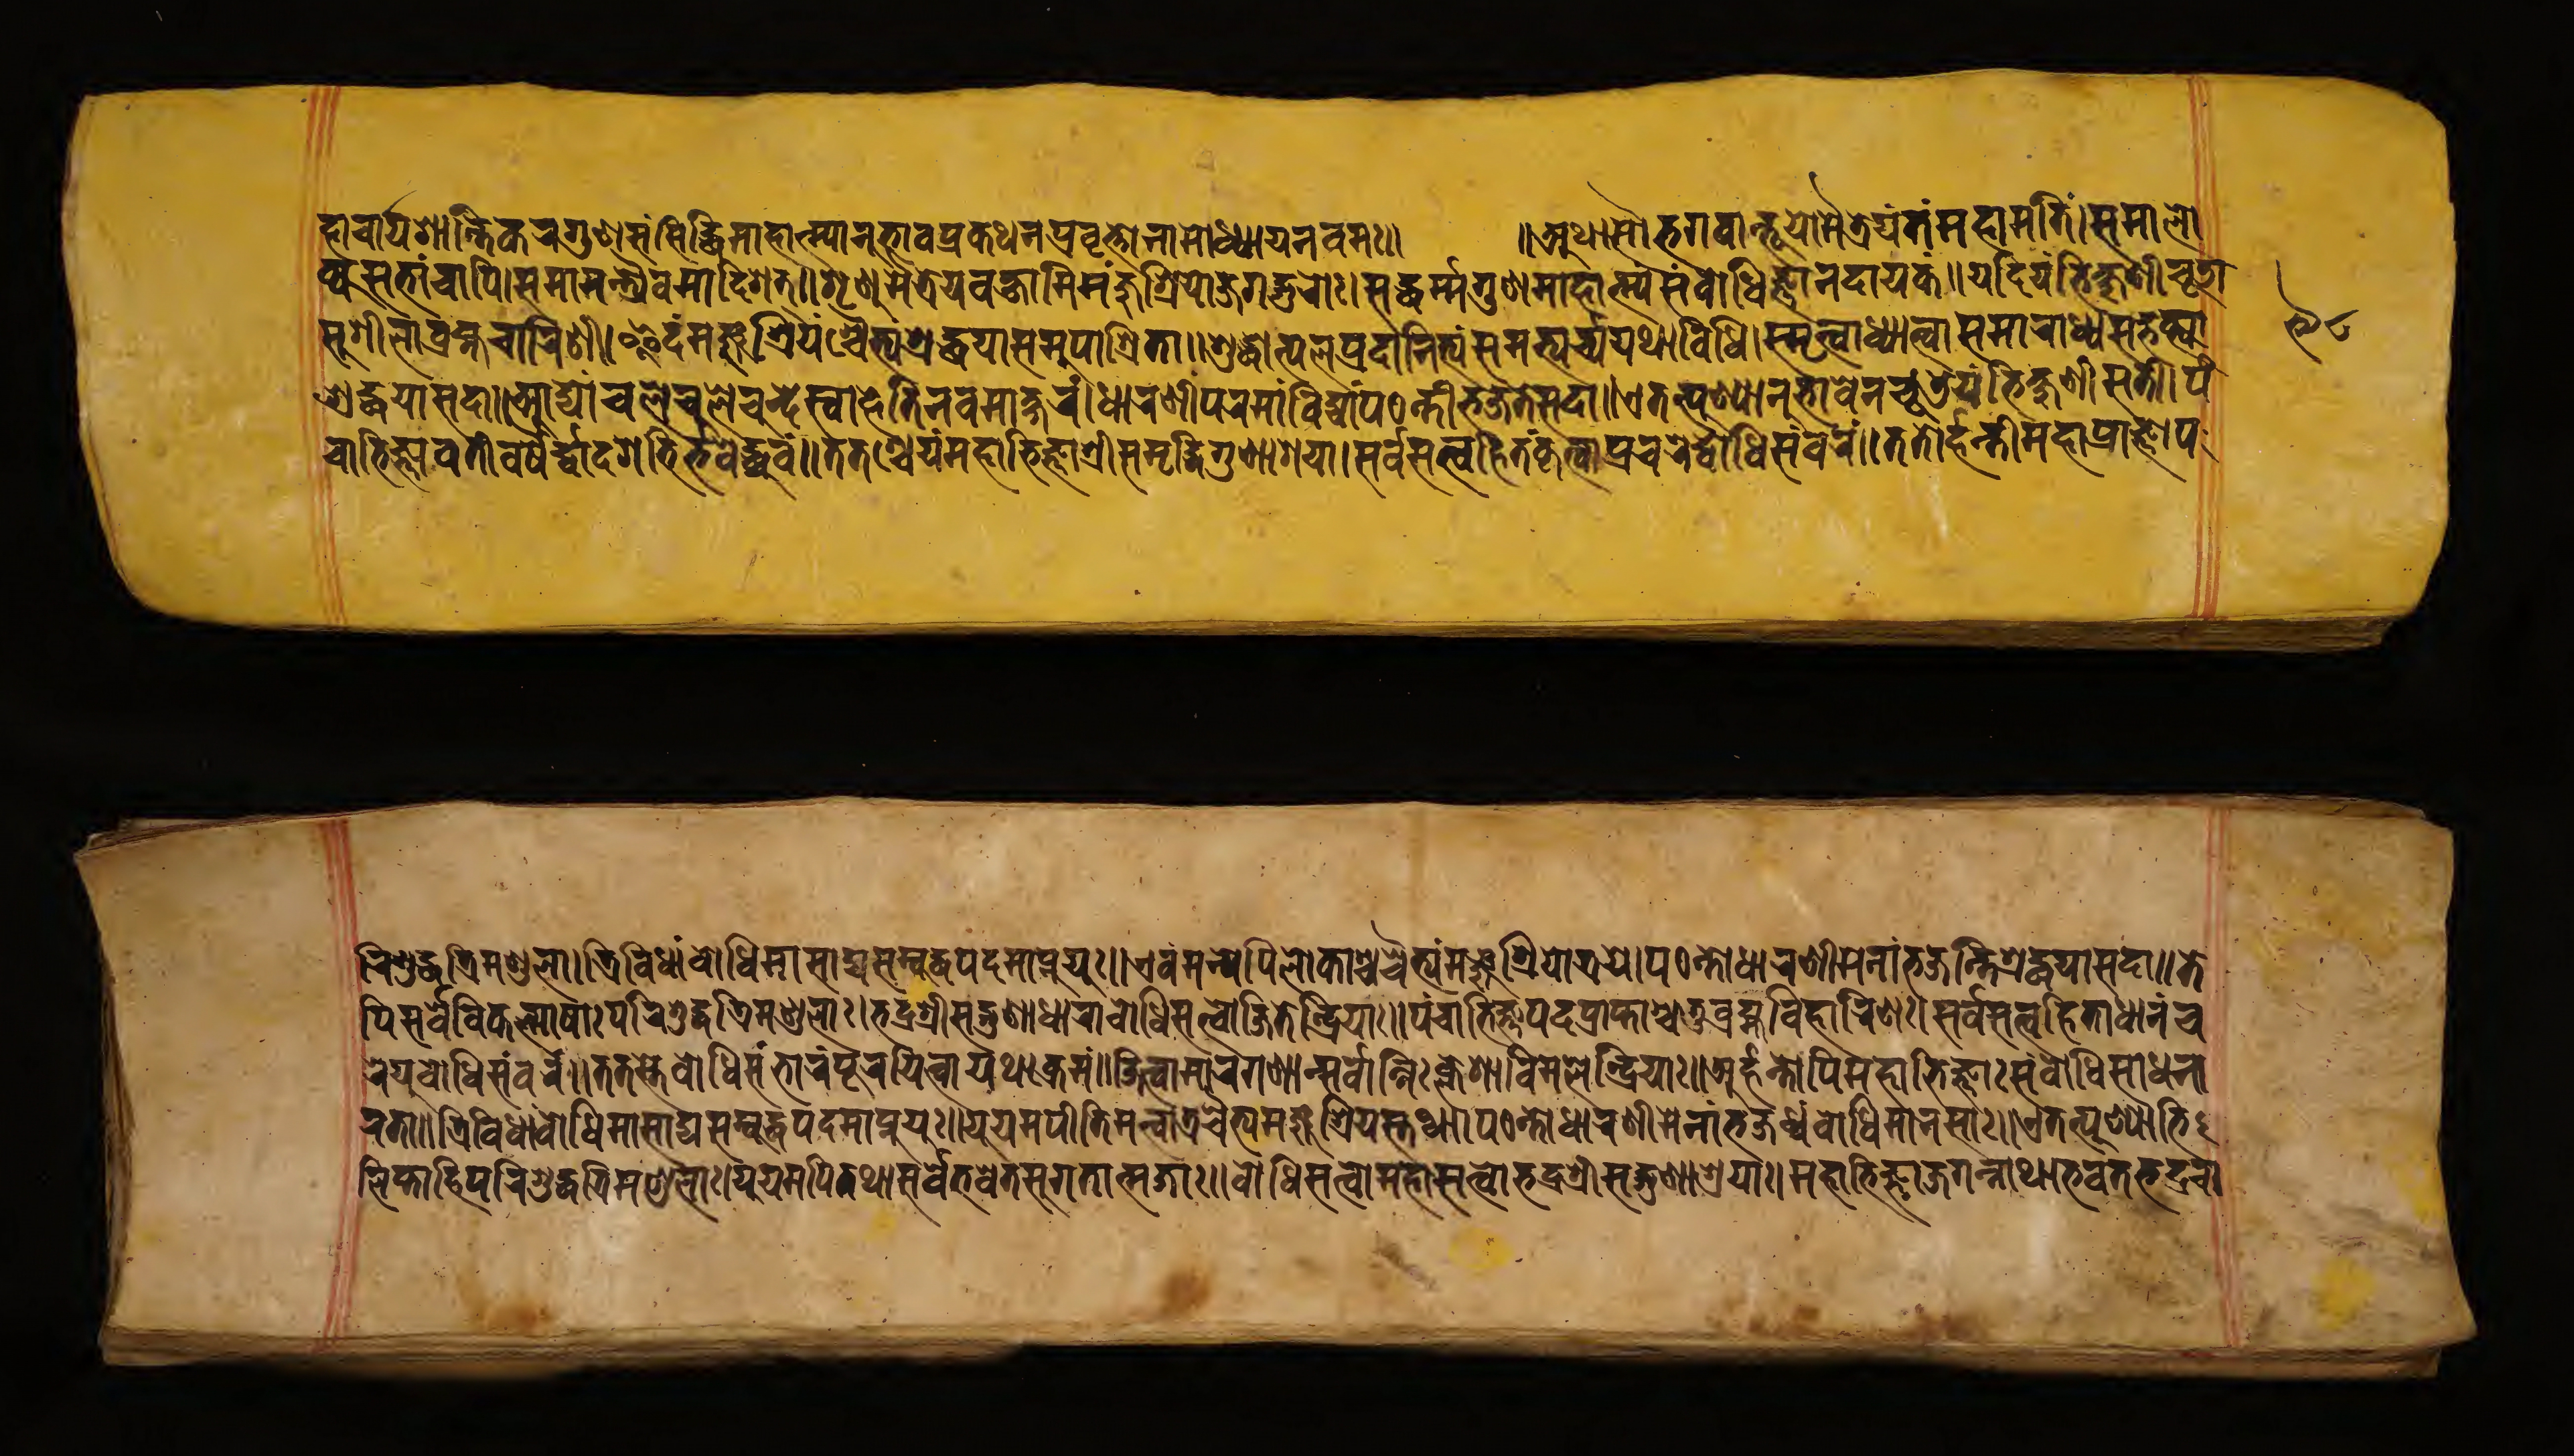
𑐎𑑂𑐫𑐳𑐨𑐵𑑄𑐔𑐵𑐥𑐶𑐳𑐩𑐵𑐩𑐣𑑂𑐟𑑂𑐬𑑂𑐫𑐿𑐰𑐩𑐵𑐡𑐶𑐱𑐟𑑂𑑌𑐱𑐺𑐞𑐸𑐩𑐿𑐟𑑂𑐬𑐾𑐫𑐰𑐎𑑂𑐲𑑂𑐫𑐵𑐩𑐶𑐩𑐘𑑂𑐖𑐸𑐱𑑂𑐬𑐶𑐫𑑀𑐖𑐐𑐡𑑂𑐐𑐸𑐬𑑀𑑅𑑋𑐳𑐡𑑂𑐢𑐬𑑂𑐩𑐐𑐸𑐞𑐩𑐵𑐴𑐵𑐟𑑂𑐩𑑂𑐫𑑄𑐳𑑄𑐧𑑀𑐢𑐶𑐖𑑂𑐘𑐵𑐣𑐡𑐵𑐫𑐎𑑄𑑌𑐫𑐡𑐶𑐫𑑄𑐨𑐶𑐎𑑂𑐲𑐸𑐞𑐷𑐔𑐹𑐜𑐵 𑐴𑐵𑐔𑐵𑐬𑑂𑐫𑐱𑐵𑐣𑑂𑐟𑐶𑐎𑐬𑐐𑐸𑐞𑐳𑑄𑐳𑐶𑐡𑑂𑐢𑐶𑐩𑐵𑐴𑐵𑐟𑑂𑐩𑑂𑐫𑐵𑐣𑐸𑐨𑐵𑐰𑐥𑑂𑐬𑐎𑐠𑐣𑐥𑑂𑐬𑐰𑐺𑐟𑑂𑐟𑑀𑐣𑐵𑐩𑐵𑐢𑑂𑐫𑐵𑐫𑐣𑐰𑐩𑑅𑑌 𑑌𑐀𑐠𑐵𑐳𑑁𑐨𑐐𑐰𑐵𑐣𑑂𑐨𑐹𑐫𑑀𑐩𑐿𑐟𑑂𑐬𑐾𑐫𑑄𑐟𑑄𑐩𑐴𑐵𑐩𑐟𑐶𑑄𑑋𑐳𑐩𑐵𑐮𑑀 𑐳𑐸𑐱𑐷𑐮𑐵𑐧𑑂𑐬𑐴𑑂𑐩𑐔𑐵𑐬𑐶𑐞𑐷𑑋𑐂𑐡𑑄𑐩𑐘𑑂𑐖𑐸𑐱𑑂𑐬𑐶𑐫𑑄𑐱𑑂𑐔𑐿𑐟𑑂𑐫𑑄𑐱𑑂𑐬𑐡𑑂𑐢𑐫𑐵𑐳𑐩𑐸𑐥𑐵𑐱𑑂𑐬𑐶𑐟𑐵𑑌𑐱𑐸𑐡𑑂𑐢𑑀𑐟𑑂𑐥𑐮𑐳𑑂𑐬𑐖𑑀𑐣𑐶𑐟𑑂𑐫𑑄𑐳𑐩𑐨𑑂𑐫𑐬𑑂𑐔𑑂𑐫𑐫𑐠𑐵𑐰𑐶𑐢𑐶𑑋𑐳𑑂𑐩𑐺𑐟𑑂𑐰𑐵𑐢𑑂𑐫𑐵𑐟𑑂𑐰𑐵𑐳𑐩𑐵𑐬𑐵𑐢𑑂𑐫𑐳𑐨𑐎𑑂𑐟𑑂𑐫𑐵 𑐱𑑂𑐬𑐡𑑂𑐢𑐫𑐵𑐳𑐡𑐵𑑌𑐁𑐡𑑂𑐫𑐵𑑄𑐔𑐮𑐾𑐔𑐸𑐮𑐾𑐰𑐣𑑂𑐡𑐾𑐳𑑂𑐰𑐵𑐴𑐾𑐟𑐶𑐣𑐰𑐩𑐵𑐎𑑂𑐲𑐬𑑄𑑋𑐢𑐵𑐬𑐞𑐷𑐥𑐬𑐩𑐵𑐰𑐶𑐡𑑂𑐫𑐵𑑄𑐥𑐛𑐣𑑂𑐟𑐷𑐨𑐖𑐣𑐾𑐳𑐡𑐵𑑌𑐊𑐟𑐣𑑂𑐥𑐸𑐞𑑂𑐫𑐵𑐣𑐸𑐨𑐵𑐰𑐾𑐣𑐔𑐹𑐞𑑂𑐜𑐾𑐫𑑄𑐨𑐶𑐎𑑂𑐲𑐸𑐞𑐷𑐳𑐟𑐷𑑋𑐥𑑄 𑐔𑐵𑐨𑐶𑐖𑑂𑐘𑐵𑐰𑐟𑐷𑐰𑐬𑑂𑐲𑐿𑐬𑑂𑐡𑑂𑐰𑐵𑐡𑐱𑐨𑐶𑐬𑑂𑐨𑐰𑐾𑐡𑑂𑐢𑑂𑐬𑐸𑐰𑑄𑑌𑐟𑐟𑐱𑑂𑐔𑐾𑐫𑑄𑐩𑐴𑐵𑐨𑐶𑐖𑑂𑐘𑐵𑐱𑑂𑐬𑐷𑐳𑐩𑐺𑐡𑑂𑐢𑐶𑐐𑐸𑐞𑐵𑐱𑑂𑐬𑐫𑐵𑑋𑐳𑐬𑑂𑐰𑐳𑐟𑑂𑐟𑑂𑐰𑐴𑐶𑐟𑑄𑐎𑐺𑐟𑑂𑐰𑐵𑐥𑑂𑐬𑐔𑐬𑐾𑐡𑑂𑐧𑑀𑐢𑐶𑐳𑑄𑐰𑐬𑑄𑑌𑐟𑐟𑑀𑐬𑑂𑐴𑐣𑑂𑐟𑐷𑐩𑐴𑐵𑐥𑑂𑐬𑐵𑐖𑑂𑐘𑐵𑐥 𑐬𑐶𑐱𑐸𑐡𑑂𑐢𑐟𑑂𑐬𑐶𑐩𑐞𑑂𑐜𑐮𑐵𑑋𑐟𑑂𑐬𑐶𑐰𑐶𑐢𑐵𑑄𑐧𑑀𑐢𑐶𑐩𑐵𑐳𑐵𑐡𑑂𑐫𑐳𑑄𑐧𑐸𑐡𑑂𑐢𑐥𑐡𑐩𑐵𑐥𑑂𑐳𑑂𑐫𑐟𑐶𑑌𑐊𑐰𑐩𑐣𑑂𑐫𑐾𑐥𑐶𑐮𑑀𑐎𑐵𑐱𑑂𑐔𑐔𑐿𑐟𑑂𑐫𑐩𑐘𑑂𑐖𑐸𑐱𑑂𑐬𑐶𑐫𑑀𑐟𑑂𑐬𑐫𑐾𑑋𑐥𑐛𑐣𑑂𑐟𑐷𑐢𑐵𑐬𑐞𑐷𑐩𑐾𑐣𑐵𑑄𑐨𑐖𑐣𑑂𑐟𑐶𑐱𑑂𑐬𑐡𑑂𑐢𑐫𑐵𑐳𑐡𑐵𑑌𑐟𑐾 𑐥𑐶𑐳𑐬𑑂𑐰𑐾𑐰𑐶𑐎𑐮𑑂𑐩𑐵𑐲𑐵𑑅𑐥𑐬𑐶𑐱𑐸𑐡𑑂𑐢𑐟𑑂𑐬𑐶𑐩𑐞𑑂𑐜𑐮𑐵𑑅𑑋𑐨𑐡𑑂𑐬𑐱𑑂𑐬𑐷𑐳𑐡𑑂𑐐𑐸𑐞𑐵𑐢𑐵𑐬𑐵𑐧𑑀𑐢𑐶𑐳𑐟𑑂𑐟𑑂𑐰𑐵𑐖𑐶𑐟𑐾𑐣𑑂𑐡𑑂𑐬𑐶𑐫𑐵𑑅𑑌𑐥𑑄𑐔𑐵𑐨𑐶𑐖𑑂𑐘𑐥𑐡𑐥𑑂𑐬𑐵𑐥𑑂𑐟𑐵𑐱𑑂𑐔𑐟𑐸𑐬𑑂𑐧𑑂𑐬𑐴𑑂𑐩𑐰𑐶𑐴𑐵𑐬𑐶𑐞𑑅𑑋𑐳𑐬𑑂𑐰𑐳𑐟𑑂𑐟𑑂𑐰𑐴𑐶𑐟𑐵𑐢𑐵𑐬𑐵𑐔 𑐬𑐾𑐫𑐸𑐬𑑂𑐧𑑀𑐢𑐶𑐳𑐩𑑂𑐧𑐬𑑄𑑌𑐟𑐟𑐳𑑂𑐟𑐾𑐧𑑀𑐢𑐶𑐳𑑄𑐨𑐵𑐬𑑄𑐥𑐹𑐬𑐫𑐶𑐟𑑂𑐰𑐵𑐫𑐠𑐵𑐎𑑂𑐬𑐩𑑄𑑋𑐖𑐶𑐟𑑂𑐰𑐵𑐩𑐵𑐬𑐐𑐞𑐵𑐣𑑂𑐳𑐬𑑂𑐰𑐵𑐣𑑂𑐣𑐶𑑅𑐎𑑂𑐮𑐾𑐱𑐵𑐰𑐶𑐩𑐮𑐾𑐣𑑂𑐡𑑂𑐬𑐶𑐫𑐵𑑅𑑌𑐀𑐬𑑂𑐴𑐣𑑂𑐟𑑀𑐥𑐶𑐩𑐴𑐵𑐨𑐶𑐖𑑂𑐘𑐵𑑅𑐳𑑄𑐧𑑀𑐢𑐶𑐳𑐵𑐢𑐣𑐵 𑐬𑐟𑐵𑑅𑑌𑐟𑑂𑐬𑐶𑐰𑐶𑐢𑐵𑑄𑐧𑑀𑐢𑐶𑐩𑐵𑐳𑐵𑐡𑑂𑐫𑐳𑑄𑐧𑐸𑐡𑑂𑐢𑐥𑐡𑐩𑐵𑐥𑑂𑐣𑐸𑐫𑐸𑑅𑑌𑐫𑐹𑐫𑐩𑐥𑐶𑐟𑐶𑐩𑐟𑑂𑐰𑐵𑐟𑑂𑐬𑐔𑐿𑐟𑑂𑐫𑐩𑐘𑑂𑐖𑐸𑐱𑑂𑐬𑐶𑐫𑐳𑑂𑐟𑐠𑐵𑑋𑐥𑐛𑐣𑑂𑐟𑑀𑐢𑐵𑐬𑐞𑐷𑐩𑐾𑐣𑐵𑑄𑐨𑐖𑐢𑑂𑐰𑑄𑐧𑑀𑐢𑐶𑐩𑐵𑐣𑐳𑐵𑑅𑑌𑐊𑐟𑐟𑑂𑐥𑐸𑐞𑑂𑐫𑐵𑐨𑐶 𑐮𑐶𑐥𑑂𑐟𑐵𑐴𑐶𑐥𑐬𑐶𑐱𑐸𑐡𑑂𑐢𑐟𑑂𑐬𑐶𑐩𑐞𑑂𑐜𑐮𑐵𑑅𑑋𑐫𑐹𑐫𑐩𑐥𑐶𑐟𑐠𑐵𑐳𑐬𑑂𑐰𑐾𑐨𑐰𑐾𑐟𑐳𑐸𑐐𑐟𑐵𑐟𑑂𑐩𑐖𑐵𑑅𑑌𑐧𑑀𑐢𑐶𑐳𑐟𑑂𑐟𑑂𑐰𑐵𑐨𑐡𑑂𑐬𑐱𑑂𑐬𑐷𑐳𑐡𑑂𑐐𑐸𑐞𑐵𑐱𑑂𑐬𑐫𑐵𑑅𑑋𑐩𑐴𑐵𑐨𑐶𑐖𑑂𑐘𑐵𑐖𑐐𑐣𑑂𑐣𑐵𑐠𑐵𑐨𑐰𑐾𑐟𑐨𑐡𑑂𑐬𑐔𑐵 𑑙𑑘